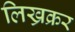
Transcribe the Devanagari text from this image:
लिख्रक्रर